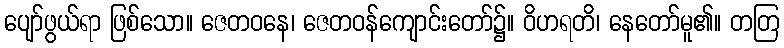
ပျော်ဖွယ်ရာ ဖြစ်သော။ ဇေတဝနေ၊ ဇေတဝန်ကျောင်းတော်၌။ ဝိဟရတိ၊ နေတော်မူ၏။ တတြ